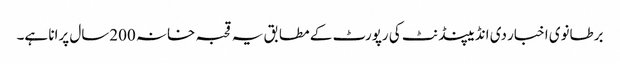
برطانوی اخبار دی انڈیپنڈنٹ کی رپورٹ کے مطابق یہ قحبہ خانہ 200سال پرانا ہے۔